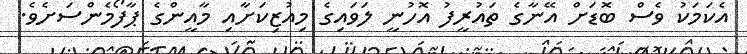
އެކަމަކު ވެސް ބޮޑަށް އޭނާގެ ތައުރީފު އޮހުނީ ލަވައިގެ މިއުޒިކަށާއި މާއީންގެ ޕާފޯމެންސަށެވެ.